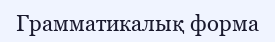
Грамматикалық форма